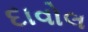
દાવોલ